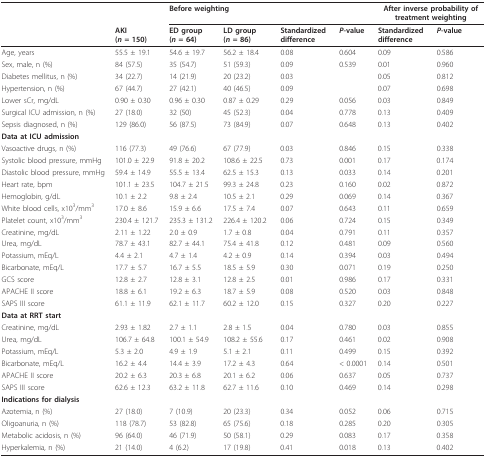
<table><thead><tr><td></td><td></td><td colspan="4"><b>Before weighting</b></td><td colspan="2"><b>After inverse probability of treatment weighting</b></td></tr><tr><td></td><td><b>AKI(<i>n </i>= 150)</b></td><td><b>ED group(<i>n </i>= 64)</b></td><td><b>LD group(<i>n </i>= 86)</b></td><td><b>Standardized difference</b></td><td><b><i>P</i>-value</b></td><td><b>Standardized difference</b></td><td><b><i>P</i>-value</b></td></tr></thead><tbody><tr><td>Age, years</td><td>55.5 ± 19.1</td><td>54.6 ± 19.7</td><td>56.2 ± 18.4</td><td>0.08</td><td>0.604</td><td>0.09</td><td>0.586</td></tr><tr><td>Sex, male, n (%)</td><td>84 (57.5)</td><td>35 (54.7)</td><td>51 (59.3)</td><td>0.09</td><td>0.539</td><td>0.01</td><td>0.960</td></tr><tr><td>Diabetes mellitus, n (%)</td><td>34 (22.7)</td><td>14 (21.9)</td><td>20 (23.2)</td><td>0.03</td><td></td><td>0.05</td><td>0.812</td></tr><tr><td>Hypertension, n (%)</td><td>67 (44.7)</td><td>27 (42.1)</td><td>40 (46.5)</td><td>0.09</td><td></td><td>0.07</td><td>0.698</td></tr><tr><td>Lower sCr, mg/dL</td><td>0.90 ± 0.30</td><td>0.96 ± 0.30</td><td>0.87 ± 0.29</td><td>0.29</td><td>0.056</td><td>0.03</td><td>0.849</td></tr><tr><td>Surgical ICU admission, n (%)</td><td>27 (18.0)</td><td>32 (50)</td><td>45 (52.3)</td><td>0.04</td><td>0.778</td><td>0.13</td><td>0.409</td></tr><tr><td>Sepsis diagnosed, n (%)</td><td>129 (86.0)</td><td>56 (87.5)</td><td>73 (84.9)</td><td>0.07</td><td>0.648</td><td>0.13</td><td>0.402</td></tr><tr><td><b>Data at ICU admission</b></td><td></td><td></td><td></td><td></td><td></td><td></td><td></td></tr><tr><td>Vasoactive drugs, n (%)</td><td>116 (77.3)</td><td>49 (76.6)</td><td>67 (77.9)</td><td>0.03</td><td>0.846</td><td>0.15</td><td>0.338</td></tr><tr><td>Systolic blood pressure, mmHg</td><td>101.0 ± 22.9</td><td>91.8 ± 20.2</td><td>108.6 ± 22.5</td><td>0.73</td><td>0.001</td><td>0.17</td><td>0.174</td></tr><tr><td>Diastolic blood pressure, mmHg</td><td>59.4 ± 14.9</td><td>55.5 ± 13.4</td><td>62.5 ± 15.3</td><td>0.13</td><td>0.033</td><td>0.14</td><td>0.201</td></tr><tr><td>Heart rate, bpm</td><td>101.1 ± 23.5</td><td>104.7 ± 21.5</td><td>99.3 ± 24.8</td><td>0.23</td><td>0.160</td><td>0.02</td><td>0.872</td></tr><tr><td>Hemoglobin, g/dL</td><td>10.1 ± 2.2</td><td>9.8 ± 2.4</td><td>10.5 ± 2.1</td><td>0.29</td><td>0.069</td><td>0.14</td><td>0.367</td></tr><tr><td>White blood cells, x10<sup>3</sup>/mm<sup>3</sup></td><td>17.0 ± 8.6</td><td>15.9 ± 6.6</td><td>17.5 ± 7.4</td><td>0.07</td><td>0.643</td><td>0.11</td><td>0.659</td></tr><tr><td>Platelet count, x10<sup>3</sup>/mm<sup>3</sup></td><td>230.4 ± 121.7</td><td>235.3 ± 131.2</td><td>226.4 ± 120.2</td><td>0.06</td><td>0.724</td><td>0.15</td><td>0.349</td></tr><tr><td>Creatinine, mg/dL</td><td>2.11 ± 1.22</td><td>2.0 ± 0.9</td><td>1.7 ± 0.8</td><td>0.04</td><td>0.791</td><td>0.11</td><td>0.357</td></tr><tr><td>Urea, mg/dL</td><td>78.7 ± 43.1</td><td>82.7 ± 44.1</td><td>75.4 ± 41.8</td><td>0.12</td><td>0.481</td><td>0.09</td><td>0.560</td></tr><tr><td>Potassium, mEq/L</td><td>4.4 ± 2.1</td><td>4.7 ± 1.4</td><td>4.2 ± 0.9</td><td>0.14</td><td>0.394</td><td>0.03</td><td>0.494</td></tr><tr><td>Bicarbonate, mEq/L</td><td>17.7 ± 5.7</td><td>16.7 ± 5.5</td><td>18.5 ± 5.9</td><td>0.30</td><td>0.071</td><td>0.19</td><td>0.250</td></tr><tr><td>GCS score</td><td>12.8 ± 2.7</td><td>12.8 ± 3.1</td><td>12.8 ± 2.5</td><td>0.01</td><td>0.986</td><td>0.17</td><td>0.331</td></tr><tr><td>APACHE II score</td><td>18.8 ± 6.1</td><td>19.2 ± 6.3</td><td>18.7 ± 5.9</td><td>0.08</td><td>0.520</td><td>0.03</td><td>0.848</td></tr><tr><td>SAPS III score</td><td>61.1 ± 11.9</td><td>62.1 ± 11.7</td><td>60.2 ± 12.0</td><td>0.15</td><td>0.327</td><td>0.20</td><td>0.227</td></tr><tr><td><b>Data at RRT start</b></td><td></td><td></td><td></td><td></td><td></td><td></td><td></td></tr><tr><td>Creatinine, mg/dL</td><td>2.93 ± 1.82</td><td>2.7 ± 1.1</td><td>2.8 ± 1.5</td><td>0.04</td><td>0.780</td><td>0.03</td><td>0.855</td></tr><tr><td>Urea, mg/dL</td><td>106.7 ± 64.8</td><td>100.1 ± 54.9</td><td>108.2 ± 55.6</td><td>0.17</td><td>0.461</td><td>0.02</td><td>0.908</td></tr><tr><td>Potassium, mEq/L</td><td>5.3 ± 2.0</td><td>4.9 ± 1.9</td><td>5.1 ± 2.1</td><td>0.11</td><td>0.499</td><td>0.15</td><td>0.392</td></tr><tr><td>Bicarbonate, mEq/L</td><td>16.2 ± 4.4</td><td>14.4 ± 3.9</td><td>17.2 ± 4.3</td><td>0.64</td><td>&lt; 0.0001</td><td>0.14</td><td>0.501</td></tr><tr><td>APACHE II score</td><td>20.2 ± 6.3</td><td>20.3 ± 6.8</td><td>20.1 ± 6.2</td><td>0.06</td><td>0.637</td><td>0.05</td><td>0.737</td></tr><tr><td>SAPS III score</td><td>62.6 ± 12.3</td><td>63.2 ± 11.8</td><td>62.7 ± 11.6</td><td>0.10</td><td>0.469</td><td>0.14</td><td>0.298</td></tr><tr><td><b>Indications for dialysis</b></td><td></td><td></td><td></td><td></td><td></td><td></td><td></td></tr><tr><td>Azotemia, n (%)</td><td>27 (18.0)</td><td>7 (10.9)</td><td>20 (23.3)</td><td>0.34</td><td>0.052</td><td>0.06</td><td>0.715</td></tr><tr><td>Oligoanuria, n (%)</td><td>118 (78.7)</td><td>53 (82.8)</td><td>65 (75.6)</td><td>0.18</td><td>0.285</td><td>0.20</td><td>0.305</td></tr><tr><td>Metabolic acidosis, n (%)</td><td>96 (64.0)</td><td>46 (71.9)</td><td>50 (58.1)</td><td>0.29</td><td>0.083</td><td>0.17</td><td>0.358</td></tr><tr><td>Hyperkalemia, n (%)</td><td>21 (14.0)</td><td>4 (6.2)</td><td>17 (19.8)</td><td>0.41</td><td>0.018</td><td>0.13</td><td>0.402</td></tr></tbody></table>